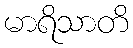
မာရိသာတိ